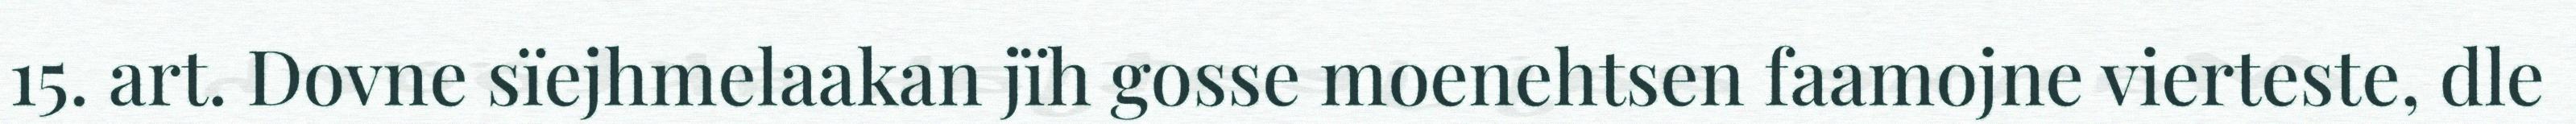
15. art. Dovne sïejhmelaakan jïh gosse moenehtsen faamojne vierteste, dle